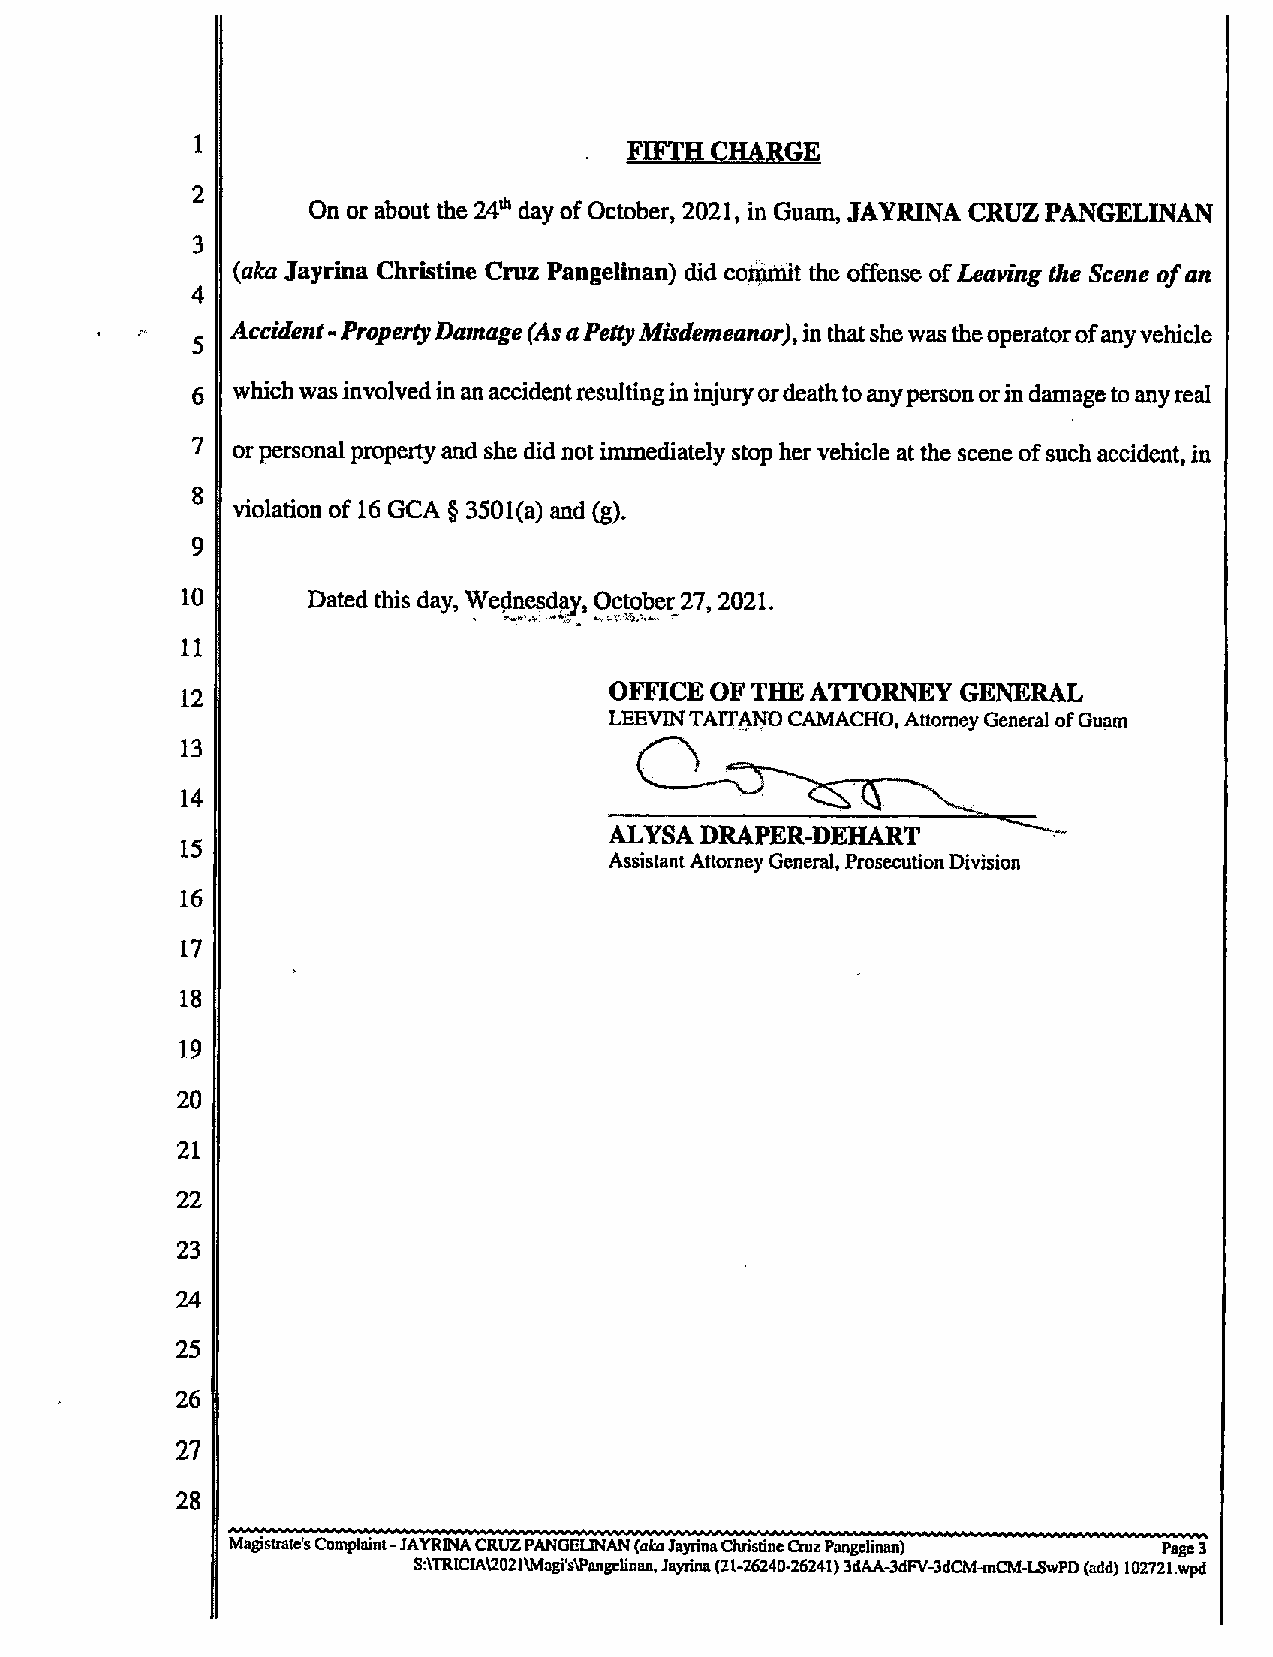
1                           FIFTH CHARGE
 2
 On or about the24"'day of October, 2021, in Guam,JAYRINA CRUZ PANGELINAN
 3
 (aka Janina Christine Cruz Pa ngelinan) did commit theoffense of Leavingthe Scene of an
 4
 Accident - Property Damage (As a Petty Misdemeanor), in that she was the operator of any vehicle
 5
 6 whichwas involved in an accident resulting ininjury or death to any person orin damage to any real
 7 or personal property and she did not immediately stop her vehicle at the scene of such accident, in
 8 violation of 16 GCA §3501(a) and (g).
 g
 10      Dated this day, Wednesday, Oc§qbe1;2'7, 2021.
 11
 12                          OFFICE OF THE ATTORNEY  GENERAL
 LEEVINTAITANO CAMACI-IO, Attorney General of Guam
 13
 Q       _ ___
 14
 ALYSA DRAPER-DEHART
 15
 Assistant Attorney General, Prosecution Division
 16
 17
 18
 19
 20
 21
 22
 23
 24
 25
 26
 27
 28
 Magisu-ale's Complaint . JAYRINA CRUZ PANGEIJNAN (aka Janina Christine Cruz Pangelinan) Page 3
 S:\TRIClA\202I\Magi's\Pang:linan, Xylina (21-7.6240-26241)3dAA-3dFV-3dCM-mCM-L§wPD (add) 102721 .wed